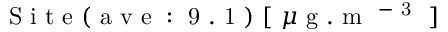
\mathrm { ~ S ~ i ~ t ~ e ~ ( ~ a ~ v ~ e ~ : ~ 9 ~ . ~ 1 ~ ) ~ [ ~ } \mu \mathrm { ~ g ~ . ~ m ~ } ^ { \mathrm { ~ - ~ 3 ~ } } \mathrm { ~ ] ~ }